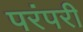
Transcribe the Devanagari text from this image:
परंपरी